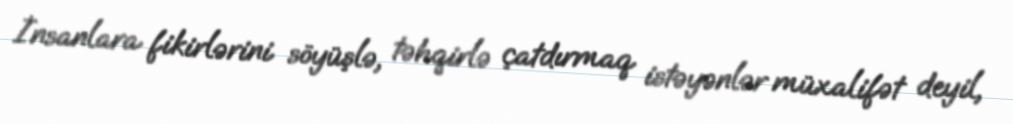
İnsanlara fikirlərini söyüşlə, təhqirlə çatdırmaq istəyənlər müxalifət deyil,